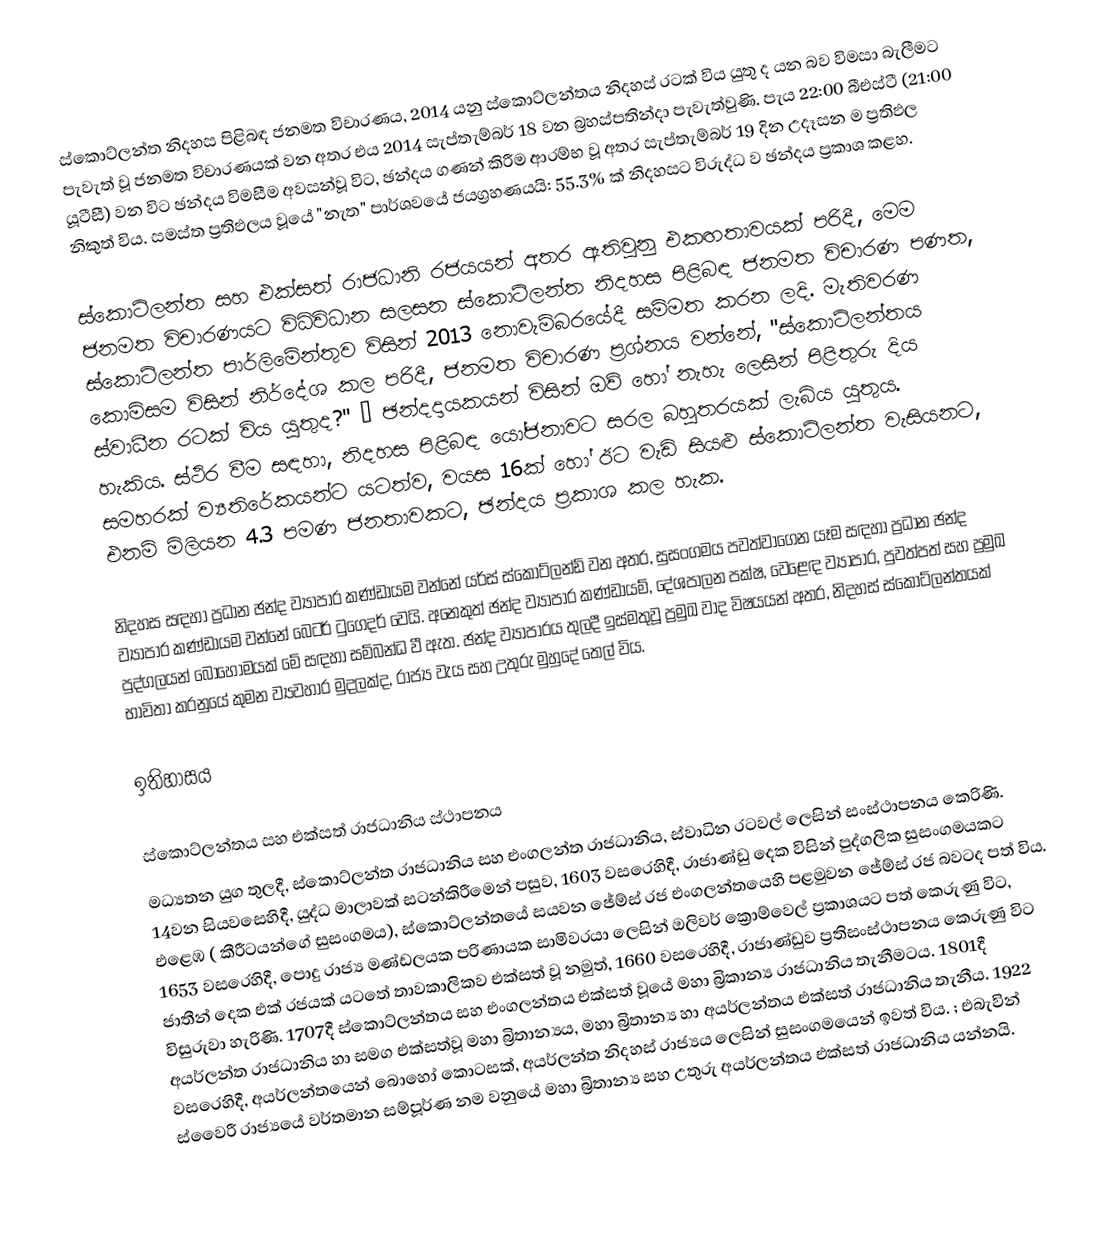
ස්කොට්ලන්ත නිදහස පිළිබඳ ජනමත විචාරණය, 2014 යනු ස්කොට්ලන්තය නිදහස් රටක් විය යුතු ද යන බව විමසා බැලීමට පැවැත් වූ ජනමත විචාරණයක් වන අතර එය 2014 සැප්තැම්බර් 18 වන බ්‍රහස්පතින්දා පැවැත්වුණි. පැය 22:00 බීඑස්ටී (21:00 යූටීසී) වන විට ඡන්දය විමසීම අවසන්වූ විට, ඡන්දය ගණන් කිරීම ආරම්භ වූ අතර සැප්තැම්බර් 19 දින උදෑසන ම ප්‍රතිඵල නිකුත් විය. සමස්ත ප්‍රතිඵලය වූයේ "නැත" පාර්ශවයේ ජයග්‍රහණයයි: 55.3% ක් නිදහසට විරුද්ධ ව ඡන්දය ප්‍රකාශ කළහ.

ස්කොට්ලන්ත සහ එක්සත් රාජධානි රජයයන් අතර ඇතිවුනු එකඟතාවයක් පරිදී, මෙම ජනමත විචාරණයට විධිවිධාන සලසන ස්කොට්ලන්ත නිදහස පිළිබඳ ජනමත විචාරණ පණත, ස්කොට්ලන්ත පාර්ලිමේන්තුව විසින්  2013 නොවැම්බරයේදී සම්මත කරන ලදි. මැතිවරණ කොමිසම විසින් නිර්දේශ කල පරිදී, ජනමත විචාරණ ප්‍රශ්නය වන්නේ, "ස්කොට්ලන්තය ස්වාධීන රටක් විය යුතුද?" – ඡන්දදායකයන් විසින් ඔව් හෝ නැහැ ලෙසින් පිළිතුරු දිය හැකිය. ස්ථිර වීම සඳහා, නිදහස පිළිබඳ යෝජනාවට සරල බහුතරයක් ලැබිය යුතුය. සමහරක් ව්‍යතිරේකයන්ට යටත්ව, වයස  16ක් හෝ ඊට වැඩි සියළු ස්කොට්ලන්ත වැසියනට, එනම් මිලියන 4.3 පමණ ජනතාවකට, ඡන්දය ප්‍රකාශ කල හැක.

නිදහස සඳහා ප්‍රධාන ඡන්ද ව්‍යාපාර කණ්ඩායම වන්නේ යර්ස් ස්කොට්ලන්ඩ් වන අතර, සුසංගමය  පවත්වාගෙන යෑම සඳහා  ප්‍රධාන ඡන්ද ව්‍යාපාර කණ්ඩායම වන්නේ   බෙටර් ටුගෙදර් වෙයි. අනෙකුත් ඡන්ද ව්‍යාපාර කණ්ඩායම්, දේශපාලන පක්ෂ, වෙළෙඳ ව්‍යාපාර, පුවත්පත් සහ ප්‍රමුඛ පුද්ගලයන් බොහෝමයක් මේ සඳහා සම්බන්ධ වී ඇත. ඡන්ද ව්‍යාපාරය තුලදී ඉස්මතුවූ ප්‍රමුඛ වාද විෂයයන් අතර, නිදහස් ස්කොට්ලන්තයක් භාවිතා කරනුයේ කුමන ව්‍යවහාර මුදලක්ද, රාජ්‍ය වැය සහ උතුරු මුහුදේ තෙල් විය.

ඉතිහාසය

ස්කොට්ලන්තය සහ එක්සත් රාජධානිය ස්ථාපනය
මධ්‍යතන යුග තුලදී, ස්කොට්ලන්ත රාජධානිය සහ එංගලන්ත රාජධානිය, ස්වාධින රටවල් ලෙසින් සංස්ථාපනය කෙරිණි. 14වන සියවසෙහිදී, යුද්ධ මාලාවක් සටන්කිරීමෙන් පසුව, 1603 වසරෙහිදී, රාජාණ්ඩු දෙක විසින්   පුද්ගලික සුසංගමයකට  එළෙඹ ( කීරීටයන්ගේ සුසංගමය), ස්කොට්ලන්තයේ සයවන ජේම්ස් රජ  එංගලන්තයෙහි පළමුවන ජේම්ස් රජ බවටද පත් විය. 1653 වසරෙහිදී, පොදු රාජ්‍ය මණ්ඩලයක පරිණායක සාමිවරයා  ලෙසින් ඔලිවර් ක්‍රොම්වෙල්  ප්‍රකාශයට පත් කෙරුණු විට, ජාතීන් දෙක එක් රජයක් යටතේ තාවකාලිකව එක්සත් වූ නමුත්,  1660 වසරෙහිදී, රාජාණ්ඩුව ප්‍රතිසංස්ථාපනය කෙරුණු විට විසුරුවා හැරිණි. 1707දී ස්කොට්ලන්තය සහ එංගලන්තය එක්සත් වූයේ මහා බ්‍රිකාන්‍ය රාජධානිය  තැනීමටය. 1801දී අයර්ලන්ත රාජධානිය  හා සමග එක්සත්වූ මහා බ්‍රිතාන්‍යය,  මහා බ්‍රිතාන්‍ය හා අයර්ලන්තය එක්සත් රාජධානිය තැනීය. 1922 වසරෙහිදී, අයර්ලන්තයෙන් බොහෝ කොටසක්,  අයර්ලන්ත නිදහස් රාජ්‍යය ලෙසින් සුසංගමයෙන් ඉවත් විය. ; එබැවින් ස්වෛරී රාජ්‍යයේ වර්තමාන සම්පූර්ණ නම වනුයේ මහා බ්‍රිතාන්‍ය සහ උතුරු අයර්ලන්තය එක්සත් රාජධානිය යන්නයි.